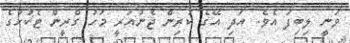
ވަނީ ލިބިފަ އެވެ. އަދި އޭގެ ކުރިން ޖެނުއަރީ މަހު ގްރީން ޓެކުހުގެ